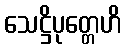
သေဋ္ဌိပုတ္တေဟိ